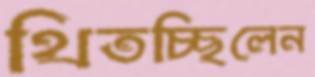
থিতচ্ছিলেন